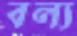
বল্য